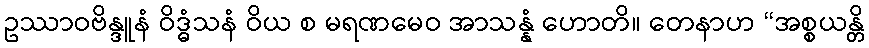
ဥဿာဝဗိန္ဒူနံ ဝိဒ္ဓံသနံ ဝိယ စ မရဏမေဝ အာသန္နံ ဟောတိ။ တေနာဟ “အစ္စယန္တိ